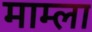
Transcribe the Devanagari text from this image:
माम्ला